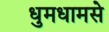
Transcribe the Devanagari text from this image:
धुमधामसे